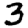
Digit: 3